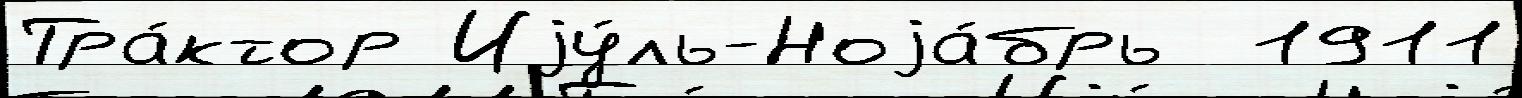
Тра́ктор Иjу́ль-Ноjа́брь  1911